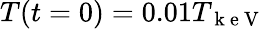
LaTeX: T(t=0)=0.01T_{\mathrm{~k~e~V~}}